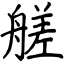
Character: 艖